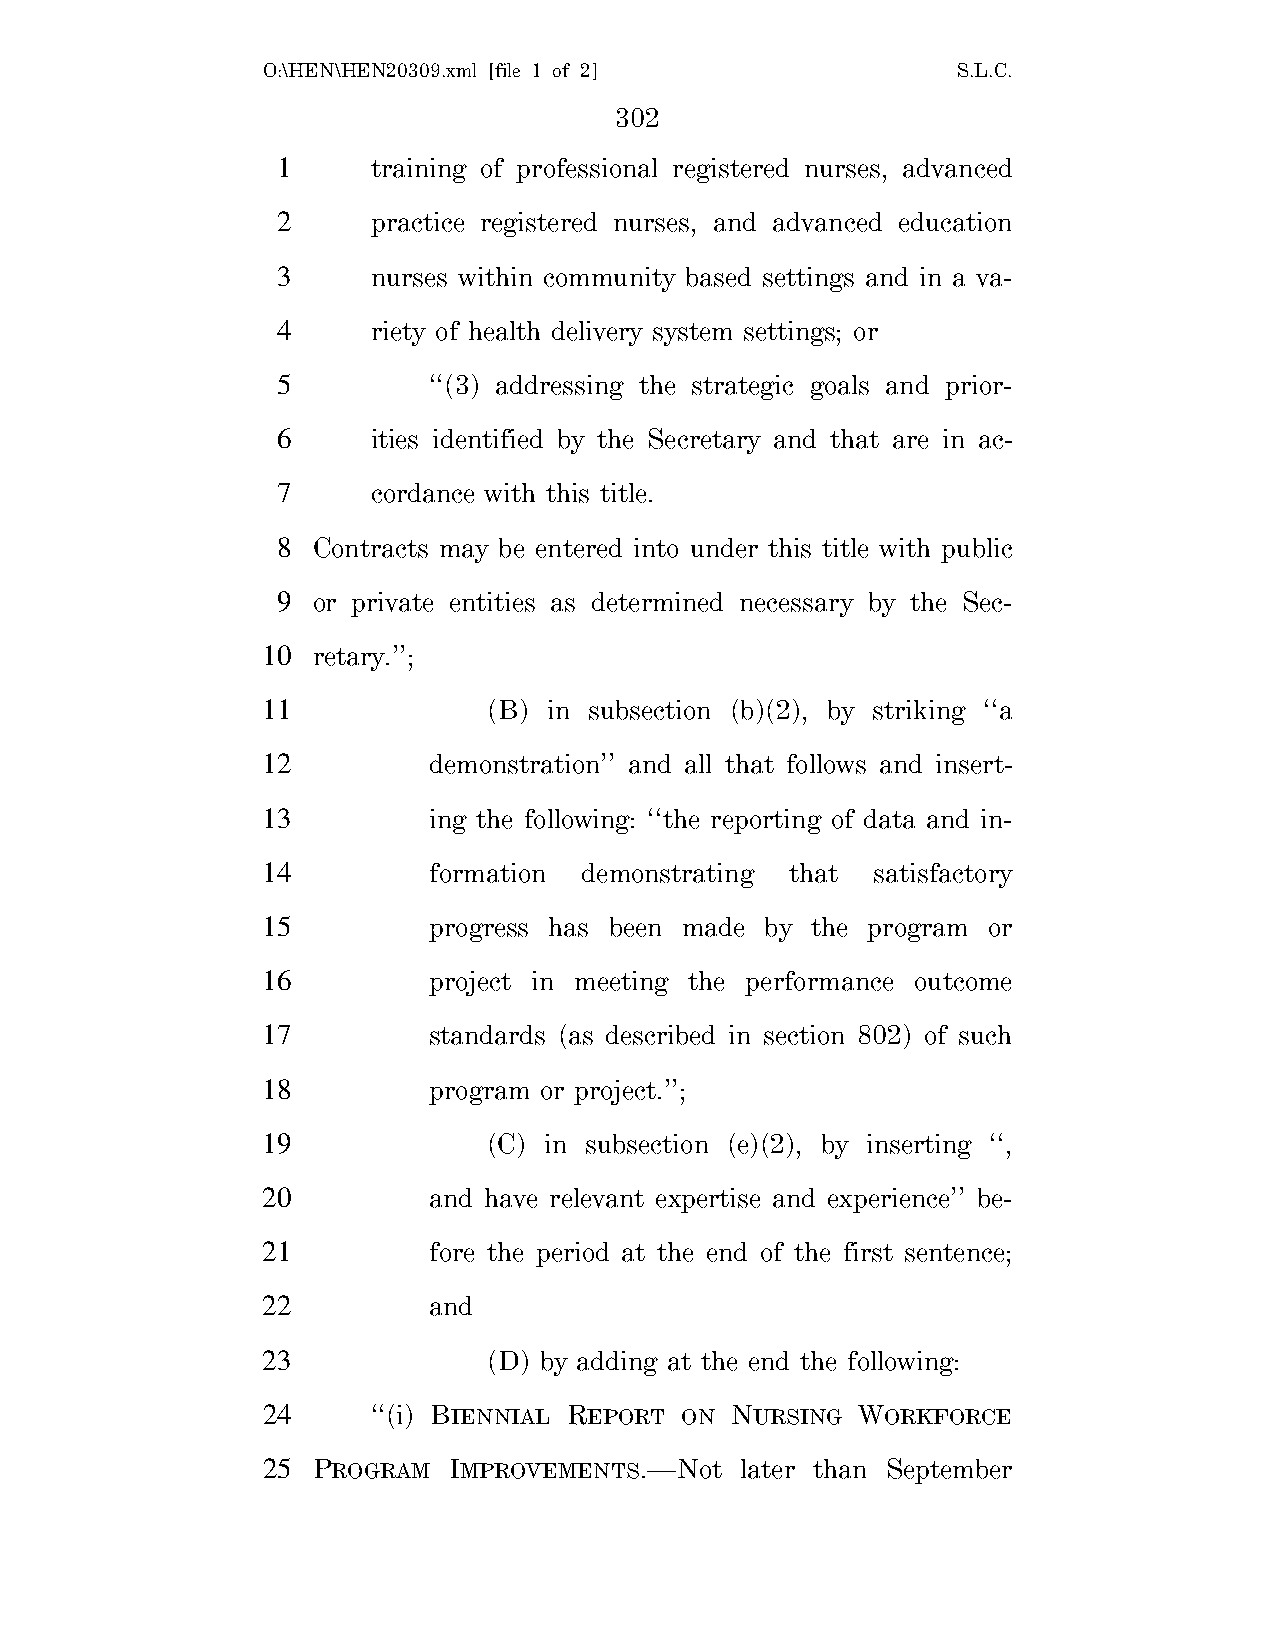
O:\HEN\HEN20309.xml [file 1 of 2]             S.L.C.
 302
 1      training of professional registered nurses, advanced
 2      practice registered nurses, and advanced education
 3      nurses within community based settings and in a va-
 4      riety of health delivery system settings; or
 5         ‘‘(3) addressing the strategic goals and prior-
 6      ities identified by the Secretary and that are in ac-
 7      cordance with this title.
 8  Contracts may be entered into under this title with public
 9  or private entities as determined necessary by the Sec-
 10  retary.’’;
 11             (B) in subsection (b)(2), by striking ‘‘a
 12         demonstration’’ and all that follows and insert-
 13         ing the following: ‘‘the reporting of data and in-
 14         formation  demonstrating that satisfactory
 15         progress has been made by the program or
 16         project in meeting the performance outcome
 17         standards (as described in section 802) of such
 18         program or project.’’;
 19             (C) in subsection (e)(2), by inserting ‘‘,
 20         and have relevant expertise and experience’’ be-
 21         fore the period at the end of the first sentence;
 22         and
 23             (D) by adding at the end the following:
 24      ‘‘(i) BIENNIAL REPORT ON NURSING WORKFORCE
 25  PROGRAM  IMPROVEMENTS.—Not  later than September